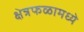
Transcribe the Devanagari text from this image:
क्षेत्रफळामध्ये